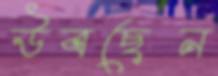
উবছেন